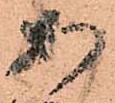
安